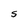
Character: S